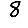
Digit: 8